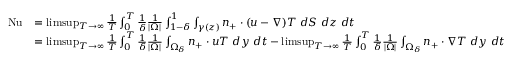
\begin{array} { r l } { \mathrm { { N u } } } & { = \operatorname* { l i m s u p } _ { T \to \infty } \frac { 1 } { T } \int _ { 0 } ^ { T } \frac { 1 } { \delta } \frac { 1 } { | \Omega | } \int _ { 1 - \delta } ^ { 1 } \int _ { \gamma ( z ) } n _ { + } \cdot ( u - \nabla ) T \ d S \ d z \ d t } \\ & { = \operatorname* { l i m s u p } _ { T \to \infty } \frac { 1 } { T } \int _ { 0 } ^ { T } \frac { 1 } { \delta } \frac { 1 } { | \Omega | } \int _ { \Omega _ { \delta } } n _ { + } \cdot u T \ d y \ d t - \operatorname* { l i m s u p } _ { T \to \infty } \frac { 1 } { T } \int _ { 0 } ^ { T } \frac { 1 } { \delta } \frac { 1 } { | \Omega | } \int _ { \Omega _ { \delta } } n _ { + } \cdot \nabla T \ d y \ d t } \end{array}